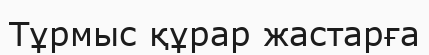
Тұрмыс құрар жастарға